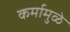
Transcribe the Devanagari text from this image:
कर्मामुळे